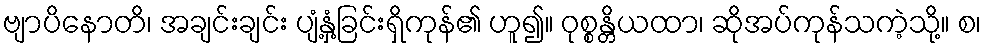
ဗျာပိနောတိ၊ အချင်းချင်း ပျံ့နှံ့ခြင်းရှိကုန်၏ ဟူ၍။ ဝုစ္စန္တိယထာ၊ ဆိုအပ်ကုန်သကဲ့သို့။ စ၊